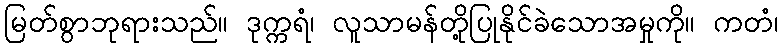
မြတ်စွာဘုရားသည်။ ဒုက္ကရံ၊ လူသာမန်တို့ပြုနိုင်ခဲသောအမှုကို။ ကတံ၊